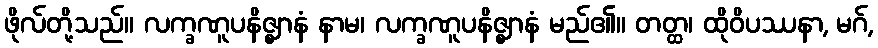
ဖိုလ်တို့သည်။ လက္ခဏူပနိဇ္ဈာနံ နာမ၊ လက္ခဏူပနိဇ္ဈာနံ မည်၏။ တတ္ထ၊ ထိုဝိပဿနာ, မဂ်,